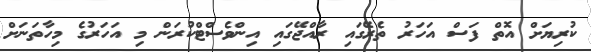
ކުރިޔަށް އޮތް ފަސް އަހަރު ތެރޭގައި ރާއްޖޭގައި އިންވެސްޓްކުރަން މި އަހަރުގެ މިހާތަނަށް